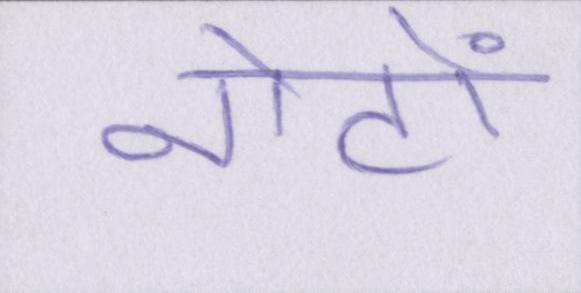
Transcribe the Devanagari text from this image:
नोटों